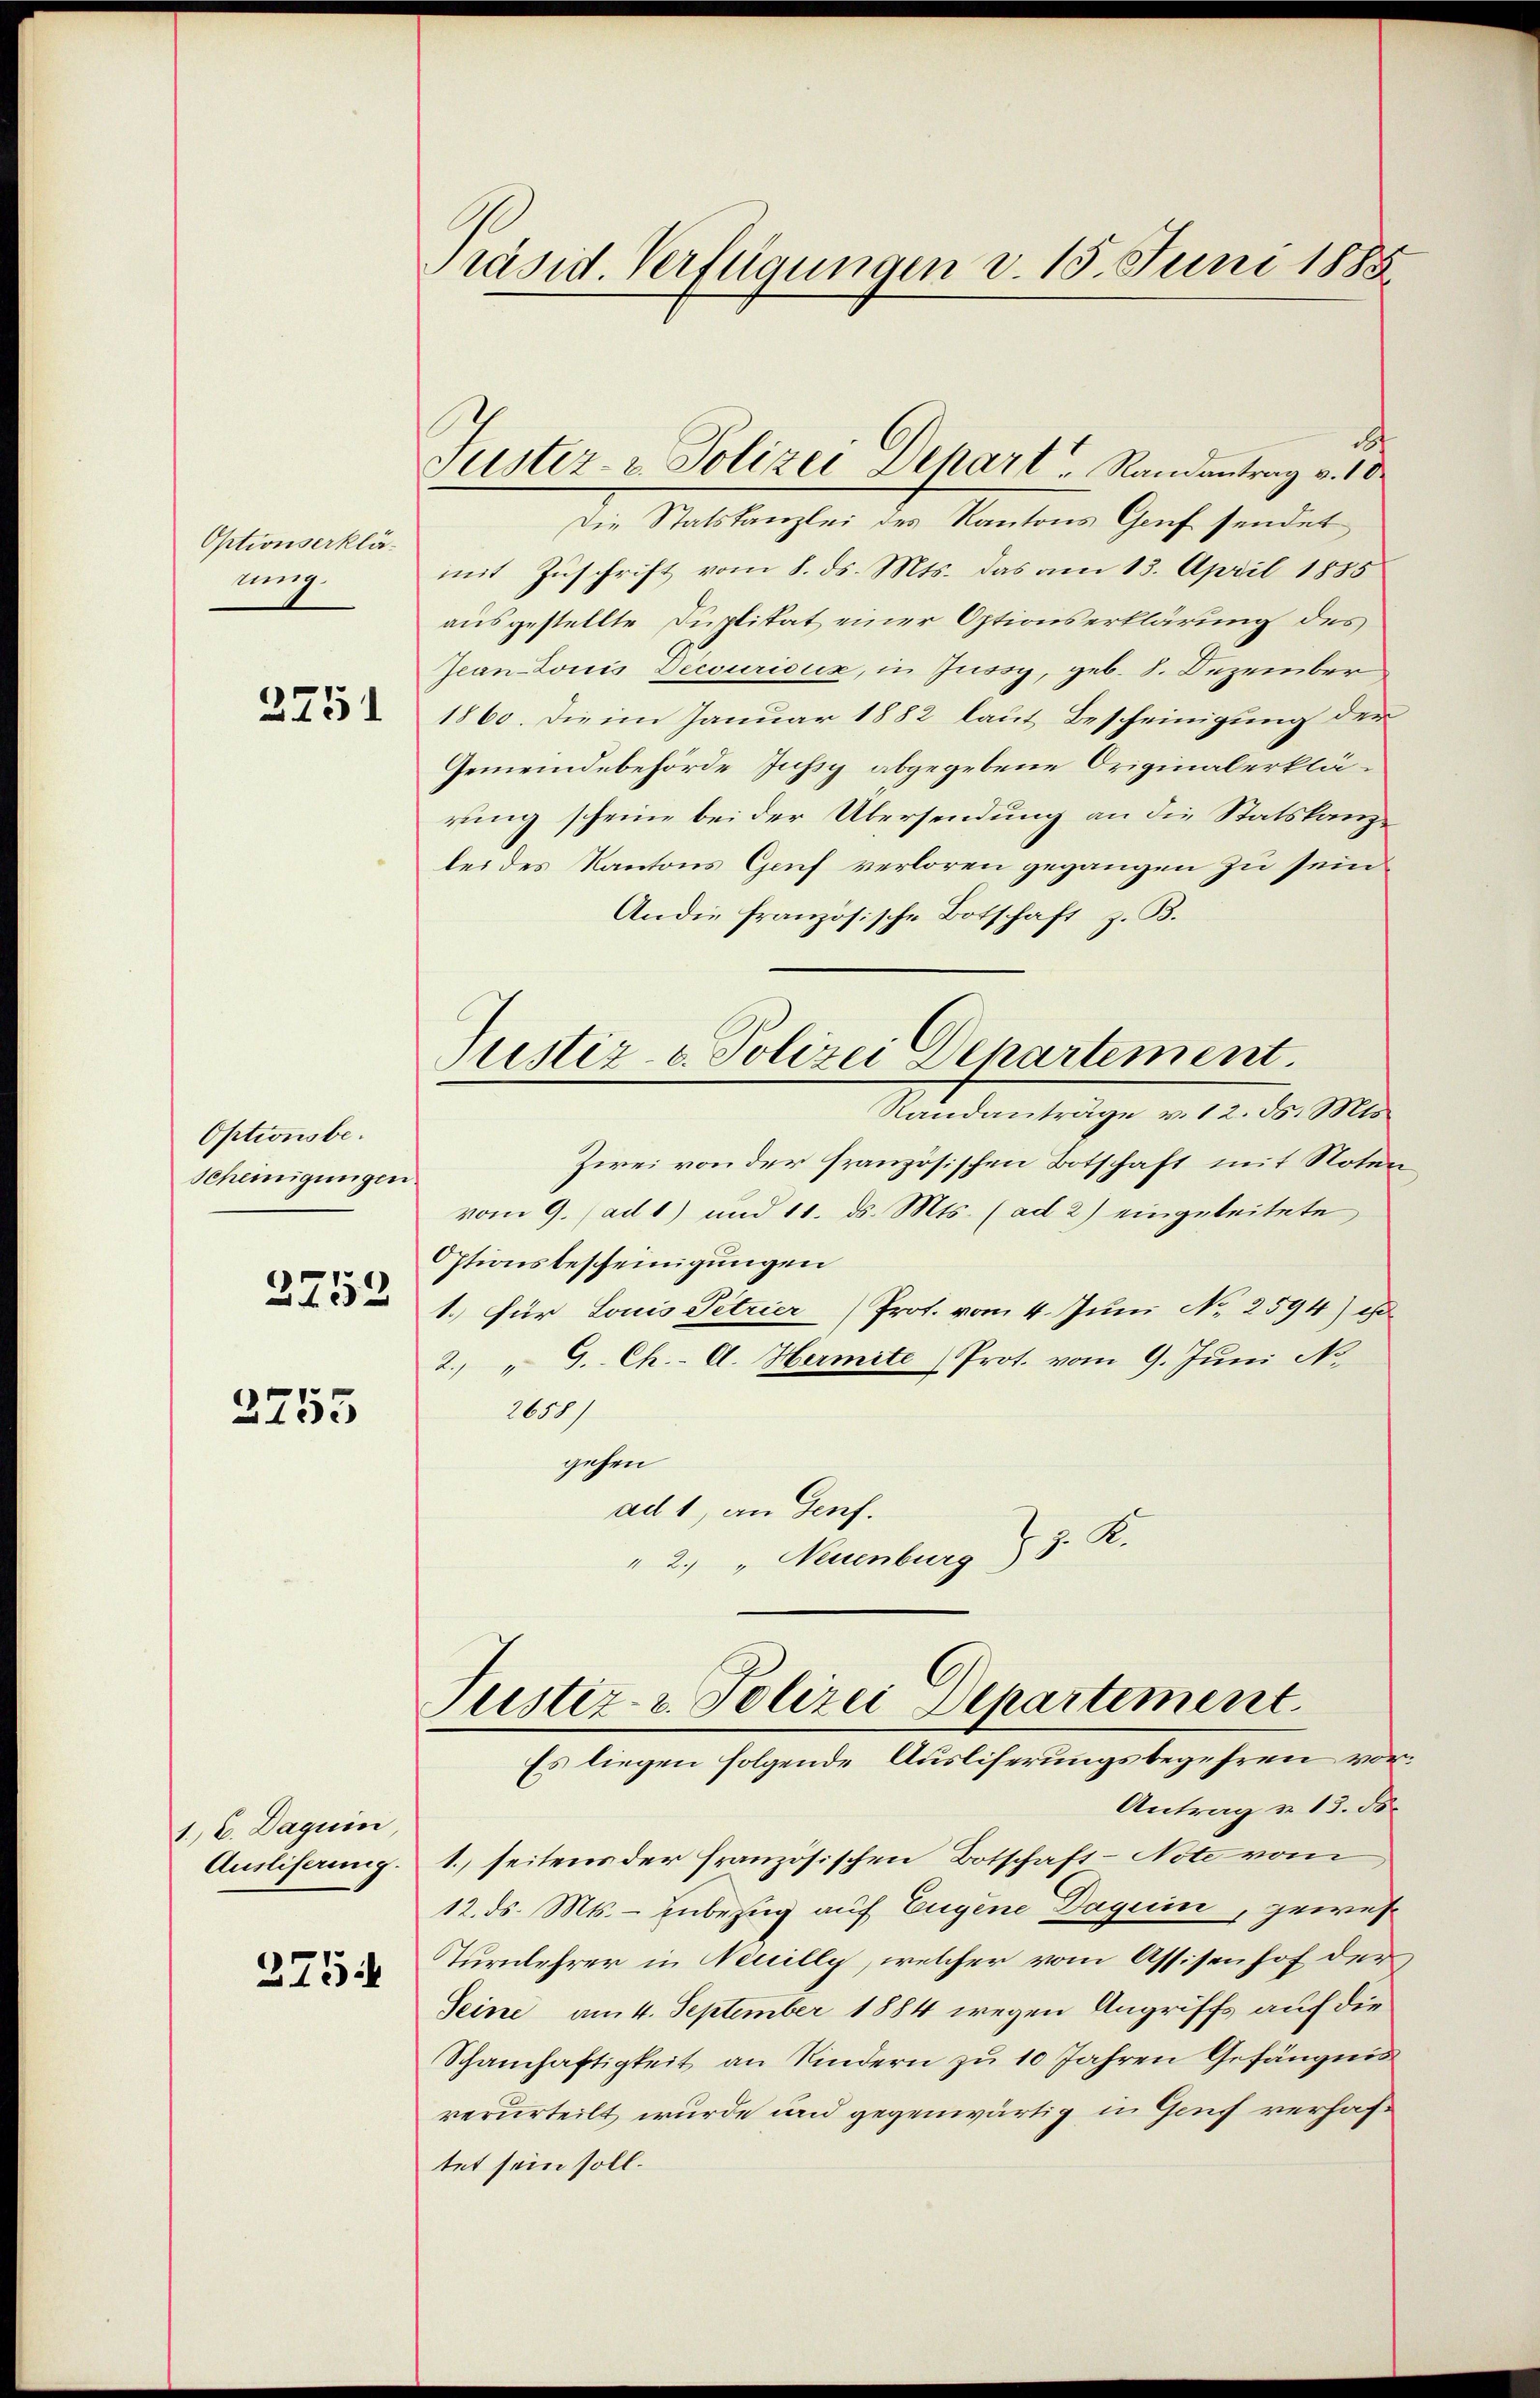
Optionserklänig

2751

Optionsbe¬
Scheinigungen
2752

2755

1. C. Dagum,
Ausliferung.
375.

Präsid. Verfügungen d. 15. Juni 1883

Suster- u Polizei Depart Randantrag v. 10.

e
Die Statskanzlei des Kantons Genf sendet
mit Zuschrift vom 8. ds. Mts. das am 13. April 1885
ausgestellte Duplikat einer Optionserklärung des
Jean Louis Decurioux, in Jussy, geb. 8. Dezember
1860. Die im Januar 1882 laut Bescheinigung der
Gemeindebehörde Jusiy abgegebene Originalerklärung scheine bei der Übersendung an die Statskanzlei des Kantons Genf verloren gegangen zu sein
An die französische Botschaft z. B.
Justiz- & Polizei Departement
Randanträge v. 12. ds. Mts.
Zwei von der französischen Botschaft mit Noten
vom 9. ad 1) und 11. ds. Mts. (ad 2) eingeleitete,
Optionsbescheinigungen
1.) für Louis Petrier (Prot. vom 4. Juni No 2594)
2. " G. Ch.- A. Hermite Prot. vom 9. Juni No
2650/
gehen
ad 1, an Genf.
2. " Neuenburg § 3. K.

Justiz- & Polizei Departement.
Es liegen folgende Ausliserungsbegehren vor¬

Antrag v. 13. ds.
1. seitens der französischen Botschaft-Note vom
12. ds. Mts. - inbezug auf Eugene Daguin, gewes¬
Turnlehrer in Neuilly, welcher vom Assisenhof der
Seine am 4. September 1884 wegen Angriffs auf die
Schamhaftigkeit an Kindern zu 10 Jahren Gefängnis
verurteilt wurde und gegenwärtig in Genf verhaftet sein soll.